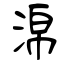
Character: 淿